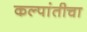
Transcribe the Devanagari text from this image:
कल्पांतीचा